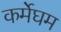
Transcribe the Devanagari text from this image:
कर्मेघम